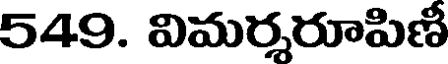
549. విమర్శరూపిణీ